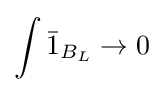
\int {\bar {1}}_{B_{L}}\to 0